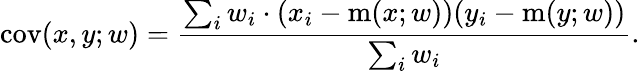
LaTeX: \operatorname{cov}(x,y;w)={\frac{\sum_{i}w_{i}\cdot(x_{i}-\operatorname{m}(x;w))(y_{i}-\operatorname{m}(y;w))}{\sum_{i}w_{i}}}.